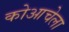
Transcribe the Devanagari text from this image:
कोआचेला